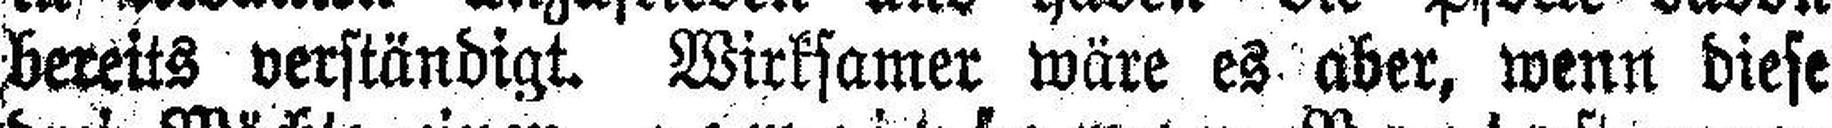
bereits verständigt. Wirksamer wäre es aber, wenn diese